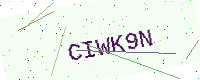
Text: CIWK9N